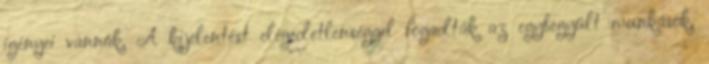
igényei vannak. A kijelentést elégedetlenséggel fogadták az egybegyűlt munkások,